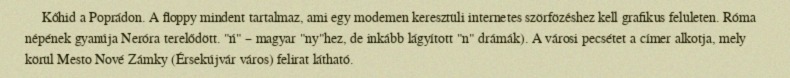
Kőhid a Poprádon. A floppy mindent tartalmaz, ami egy modemen keresztüli internetes szörfözéshez kell grafikus felületen. Róma népének gyanúja Neróra terelődött. "ń" – magyar "ny"hez, de inkább lágyított "n" drámák). A városi pecsétet a címer alkotja, mely körül Mesto Nové Zámky (Érsekújvár város) felirat látható.